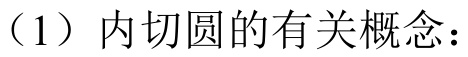
（1）内切圆的有关概念：